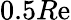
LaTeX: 0.5R\mathrm{e}